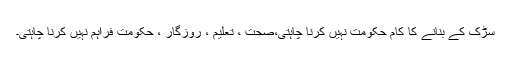
سڑک کے بنانے کا کام حکومت نہیں کرنا چاہتی،صحت ، تعلیم ، روزگار ، حکومت فراہم نہیں کرنا چاہتی۔